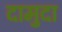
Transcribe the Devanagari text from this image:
दामुदा